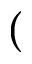
(